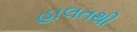
હાલતથી